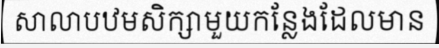
សាលាបឋមសិក្សាមួយកន្លែងដែលមាន